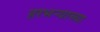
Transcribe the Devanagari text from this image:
हरभर्‍याच्या